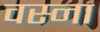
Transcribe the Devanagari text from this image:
वस्ना